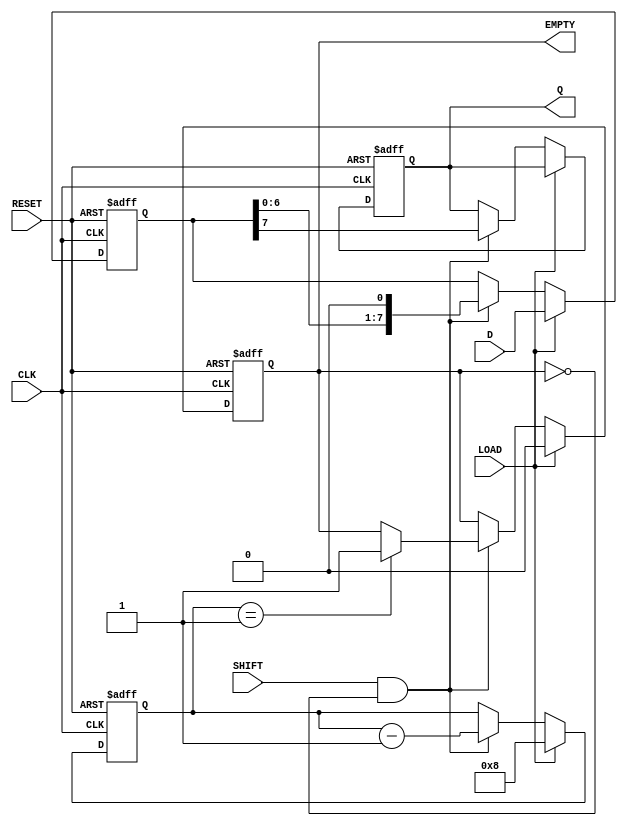
module PISO_Register (
    input wire [7:0] D,        // Parallel Data Input
    input wire CLK,            // Clock Input
    input wire LOAD,           // Load Control Signal
    input wire SHIFT,          // Shift Control Signal
    input wire RESET,          // Asynchronous Reset
    output reg Q,              // Serial Data Output
    output reg EMPTY           // Status Signal: indicates when the register is empty
);

    reg [7:0] shift_reg;       // Internal shift register
    reg [3:0] bit_count;       // Counter for the number of bits shifted out

    always @(posedge CLK or posedge RESET) begin
        if (RESET) begin
            shift_reg <= 8'b0;  // Clear the shift register
            Q <= 1'b0;          // Clear the output
            EMPTY <= 1'b1;      // Register is empty
            bit_count <= 4'b0;   // Reset bit counter
        end else if (LOAD) begin
            shift_reg <= D;      // Load parallel data into shift register
            EMPTY <= 1'b0;       // Register is not empty after loading
            bit_count <= 4'd8;    // Set bit count to 8
        end else if (SHIFT && !EMPTY) begin
            Q <= shift_reg[7];   // Output the MSB of the shift register
            shift_reg <= {shift_reg[6:0], 1'b0}; // Shift left
            bit_count <= bit_count - 1; // Decrement bit counter
            
            // Check if the register is empty after shifting
            if (bit_count == 4'd1) begin
                EMPTY <= 1'b1;    // Register is empty after last bit
            end
        end
    end

endmodule